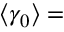
\langle \gamma _ { 0 } \rangle =